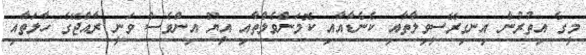
މީގެ އިތުރުން އިނގިރޭސީވިލާތާއި ކެނެޑާއާއި ކޮމަންވެލްތާއި އީޔޫ އިންވެސް ވަނީ ރާއްޖޭގެ ހާލަތާއި